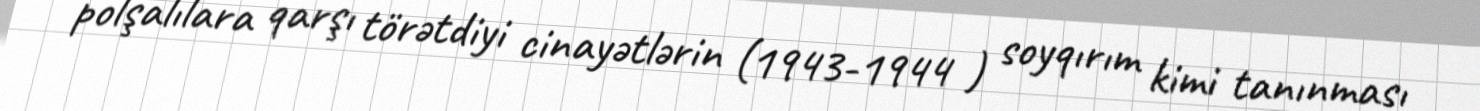
polşalılara qarşı törətdiyi cinayətlərin (1943-1944 ) soyqırım kimi tanınması